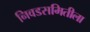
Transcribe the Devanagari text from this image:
निवडसमितीला